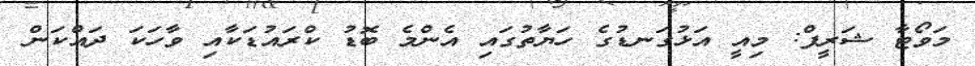
މަވޯޓާ ޝަރީފް: މިއީ އަޅުގަނޑުގެ ހަޔާތުގައި އެންމެ ބޮޑު ކްރައުޑަކާއި ވާހަކަ ދައްކަން